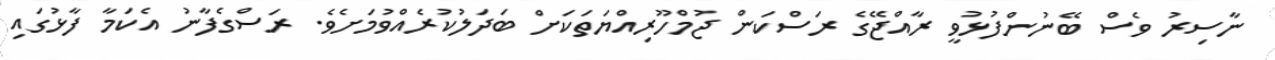
ނާސިރު ވެސް ބޭނުންފުޅުވީ ރާއްޖޭގެ ރަސްކަން ޖުމްހޫރިއްޔަތަކަށް ބަދަލުކުރެއްވުމަށެވެ. ރަސްގެފާނު އެކަމާ ފާޅުގައި